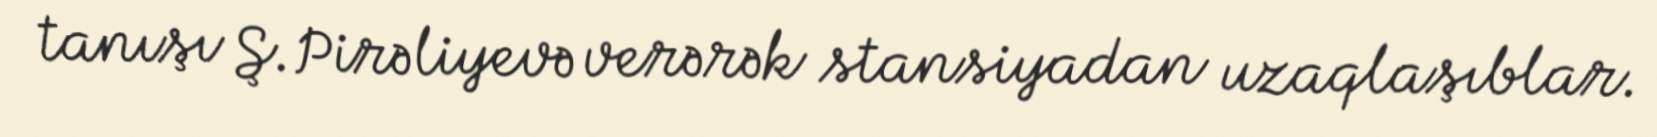
tanışı Ş.Pirəliyevə verərək stansiyadan uzaqlaşıblar.